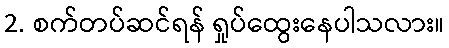
2. စက်တပ်ဆင်ရန် ရှုပ်ထွေးနေပါသလား။